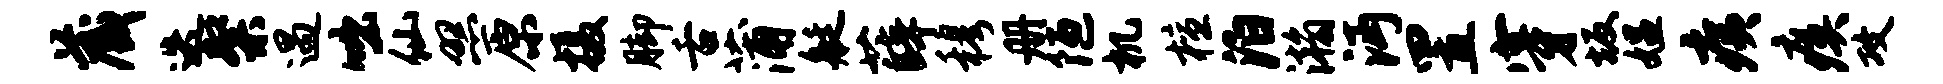
藏迭粲遇咄仙照原摄脚舌蒲艇薛穆册陋机檀泊瀚沔置穿坂媪痍瘼攻